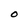
Character: O